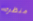
منظره